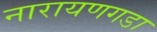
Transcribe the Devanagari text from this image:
नारायणगडा